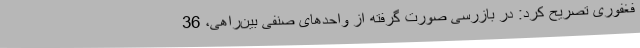
فغفوری تصریح کرد: در بازرسی صورت گرفته از واحدهای صنفی بین‌راهی، 36